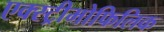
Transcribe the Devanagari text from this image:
एक्स्ट्रीमोफिलिक